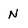
Character: N